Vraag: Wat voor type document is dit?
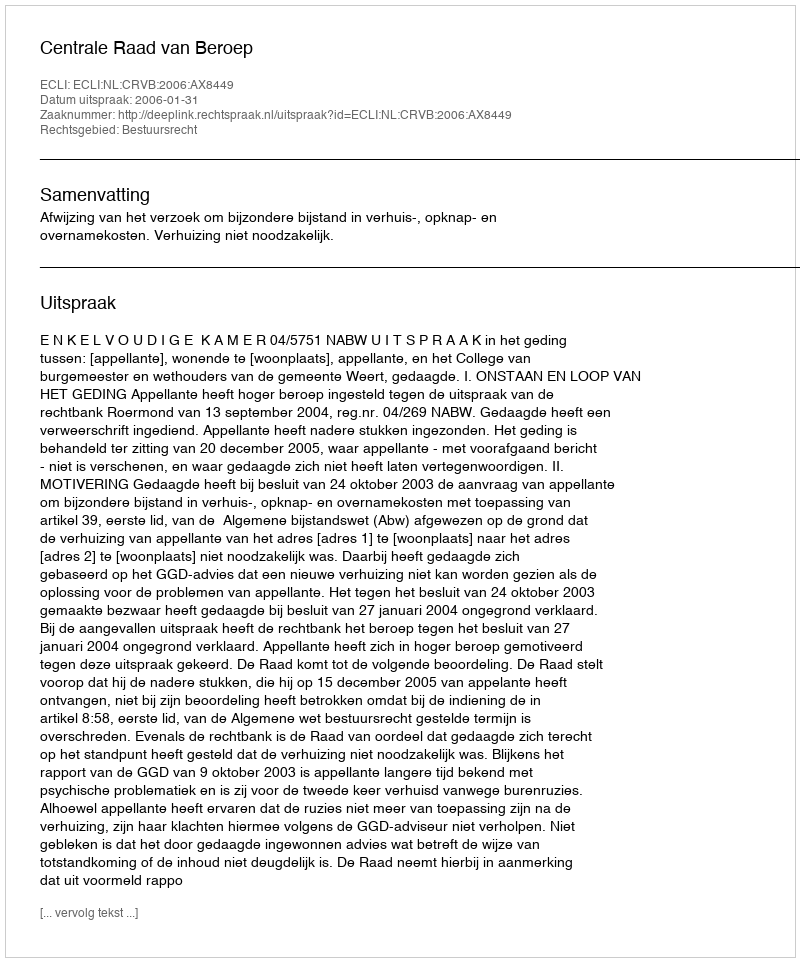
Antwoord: Uitspraak